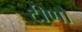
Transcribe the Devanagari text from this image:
टीणो